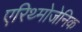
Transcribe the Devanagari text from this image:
एरिथ्मोजेनिक